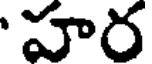
హర